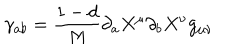
\gamma _ { a b } = \frac { 1 - d } { M } \partial _ { a } X ^ { \mu } \partial _ { b } X ^ { \nu } g _ { \mu \nu }